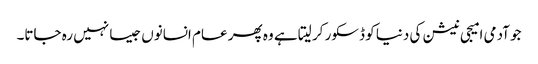
جو آدمی امیجی نیشن کی دنیا کو ڈسکور کر لیتا ہے وہ پھر عام انسانوں جیسا نہیں رہ جاتا۔